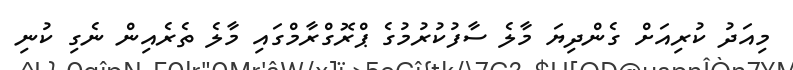
މިއަދު ކުރިއަށް ގެންދިޔަ މާލެ ސާފުކުރުމުގެ ޕްރޮގްރާމްގައި މާލެ ތެރެއިން ނެގި ކުނި